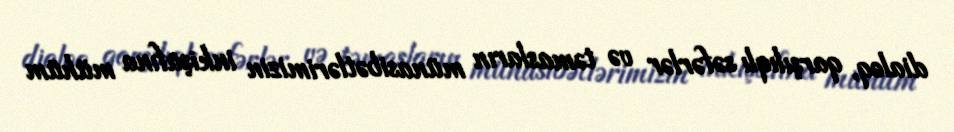
dialoq, qarşılıqlı səfərlər və təmasların münasibətlərimizin inkişafına mühüm